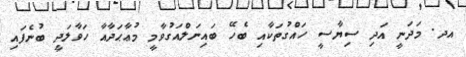
އދ. މަދަނީ އަދި ސިޔާސީ ހައްގުތަކާއި ބެހޭ ބައިނަލްއަގުވާމީ މުޢާޙަދާއާ ހަވާލަދީ ބުނެފައި